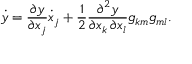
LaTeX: { \dot { y } } = { \frac { \partial y } { \partial x _ { j } } } { \dot { x } } _ { j } + { \frac { 1 } { 2 } } { \frac { \partial ^ { 2 } y } { \partial x _ { k } \, \partial x _ { l } } } g _ { k m } g _ { m l } .